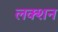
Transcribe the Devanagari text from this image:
लक्शन